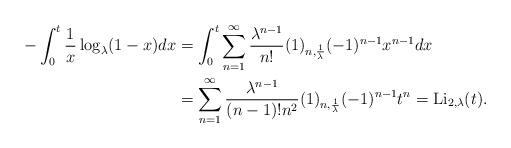
LaTeX: \begin{align*}-\int_{0}^{t}\frac{1}{x}\log_{\lambda}(1-x)dx&=\int_{0}^{t}\sum_{n=1}^{\infty}\frac{\lambda^{n-1}}{n!}(1)_{n,\frac{1}{\lambda}}(-1)^{n-1}x^{n-1}dx \\&=\sum_{n=1}^{\infty}\frac{\lambda^{n-1}}{(n-1)!n^{2}}(1)_{n,\frac{1}{\lambda}}(-1)^{n-1}t^{n}=\mathrm{Li}_{2,\lambda}(t).\end{align*}